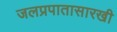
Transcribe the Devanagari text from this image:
जलप्रपातासारखी